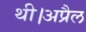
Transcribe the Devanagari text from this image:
थी।अप्रैल